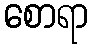
စောရာ